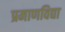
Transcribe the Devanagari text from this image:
प्रमाणविद्या